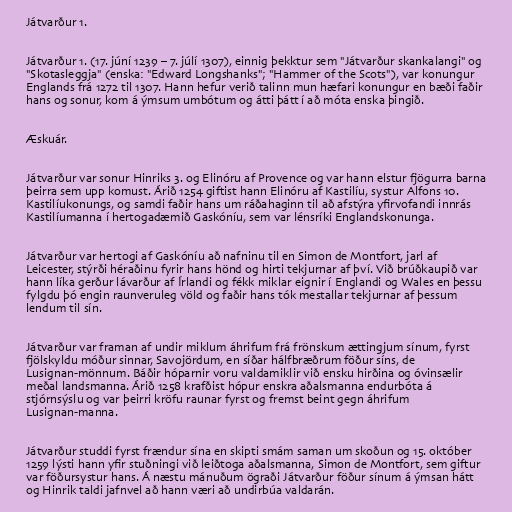
Játvarður 1.

Játvarður 1. (17. júní 1239 – 7. júlí 1307), einnig þekktur sem "Játvarður skankalangi" og
"Skotasleggja" (enska: "Edward Longshanks"; "Hammer of the Scots"), var konungur
Englands frá 1272 til 1307. Hann hefur verið talinn mun hæfari konungur en bæði faðir
hans og sonur, kom á ýmsum umbótum og átti þátt í að móta enska þingið.

Æskuár.

Játvarður var sonur Hinriks 3. og Elinóru af Provence og var hann elstur fjögurra barna
þeirra sem upp komust. Árið 1254 giftist hann Elinóru af Kastilíu, systur Alfons 10.
Kastilíukonungs, og samdi faðir hans um ráðahaginn til að afstýra yfirvofandi innrás
Kastilíumanna í hertogadæmið Gaskóníu, sem var lénsríki Englandskonunga.

Játvarður var hertogi af Gaskóníu að nafninu til en Simon de Montfort, jarl af
Leicester, stýrði héraðinu fyrir hans hönd og hirti tekjurnar af því. Við brúðkaupið var
hann líka gerður lávarður af Írlandi og fékk miklar eignir í Englandi og Wales en þessu
fylgdu þó engin raunveruleg völd og faðir hans tók mestallar tekjurnar af þessum
lendum til sín.

Játvarður var framan af undir miklum áhrifum frá frönskum ættingjum sínum, fyrst
fjölskyldu móður sinnar, Savojördum, en síðar hálfbræðrum föður síns, de
Lusignan-mönnum. Báðir hóparnir voru valdamiklir við ensku hirðina og óvinsælir
meðal landsmanna. Árið 1258 krafðist hópur enskra aðalsmanna endurbóta á
stjórnsýslu og var þeirri kröfu raunar fyrst og fremst beint gegn áhrifum
Lusignan-manna.

Játvarður studdi fyrst frændur sína en skipti smám saman um skoðun og 15. október
1259 lýsti hann yfir stuðningi við leiðtoga aðalsmanna, Simon de Montfort, sem giftur
var föðursystur hans. Á næstu mánuðum ögraði Játvarður föður sínum á ýmsan hátt
og Hinrik taldi jafnvel að hann væri að undirbúa valdarán.